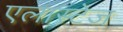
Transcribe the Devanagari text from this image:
एलास्टेज